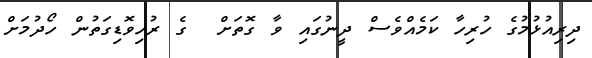
ދިރިއުޅުމުގެ ހުރިހާ ކަމެއްވެސް ދީނުގައި ވާ ގޮތަށް  ގެ ރުހިވޮޑިގަތުން ހޯދުމަށް